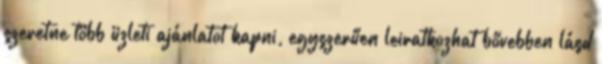
szeretne több üzleti ajánlatot kapni, egyszerűen leiratkozhat bővebben lásd